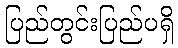
ပြည်တွင်းပြည်ပရှိ